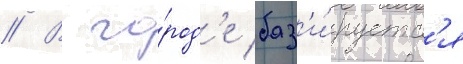
// В го́род'е баз'и́руетс'я